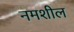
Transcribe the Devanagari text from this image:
नमशील